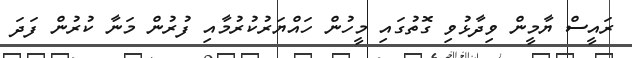
ރައީސް ޔާމީން ވިދާޅުވި ގޮތުގައި މީހުން ހައްޔަރުކުރުމާއި ފުރުން މަނާ ކުރުން ފަދަ